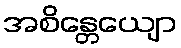
အစိန္တေယျော